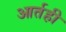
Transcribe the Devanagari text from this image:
आर्तही